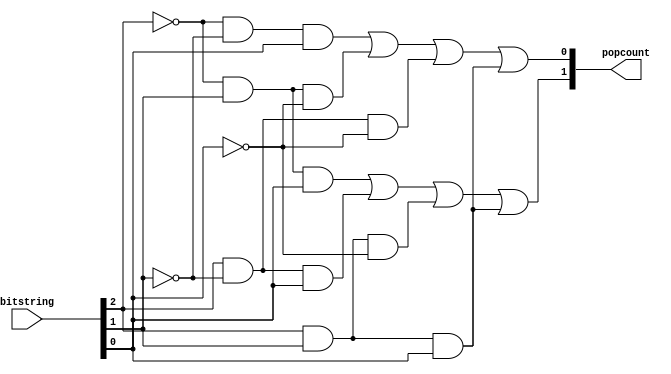
module Popcount(
    input [2:0] bitstring,
    output [1:0] popcount
);

    // introduce wire vars for readability
    wire a = bitstring[2];
    wire b = bitstring[1];
    wire c = bitstring[0];

    // boolean expression for bits 0 and 1
    assign popcount[0] = (~a&~b&c) | (~a&b&~c) | (a&~b&~c) | (a&b&c);
    assign popcount[1] = (~a&b&c) | (a&~b&c) | (a&b&~c) | (a&b&c);

endmodule